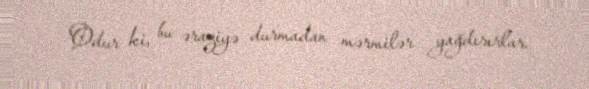
Odur ki, bu əraziyə durmadan mərmilər yağdırırlar.